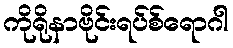
ကိုရိုနာဗိုင်းရပ်စ်ရောဂါ